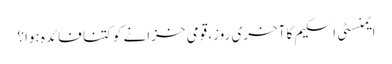
ایمنسٹی اسکیم کا آخری روز، قومی خزانے کو کتنا فائدہ ہوا؟